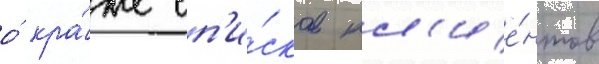
о́ кра́же сп'и́сков кл'ие́нтов